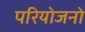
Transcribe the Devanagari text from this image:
परियोजनो